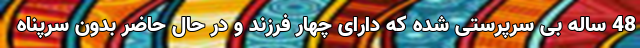
48 ساله بی سرپرستی شده که دارای چهار فرزند و در حال حاضر بدون سرپناه